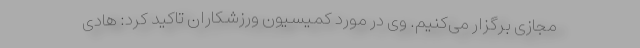
مجازی برگزار می‌کنیم. وی در مورد کمیسیون ورزشکاران تاکید کرد: هادی